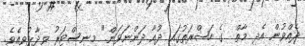
ދެއްވުން އެދި މާތް  ގެ ހަޟްރަތުގައި ދުއާ ދަންނަވަން." މިނިސްޓަރު ވިދާޅުވިއެވެ.